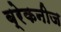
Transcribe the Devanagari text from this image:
ब्रेकनीज